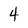
Character: 4